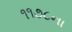
૧૧૭૮ના